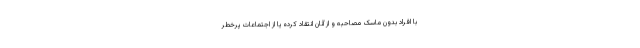
با افراد بدون ماسک مصاحبه و از آنان انتقاد کرده یا از اجتماعات پرخطر